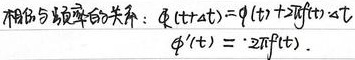
相位与频率的关系：
\(\varphi(t + \Delta t)=\varphi(t)+2\pi f(t)\cdot\Delta t\)
\(\varphi^{\prime}(t)=2\pi f(t)\)